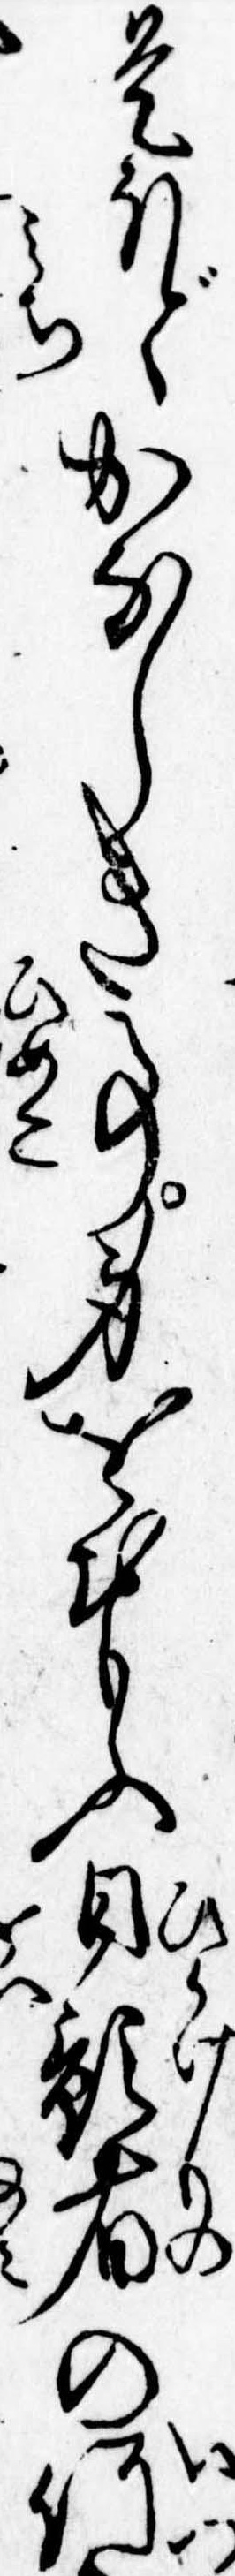
是ほどかなしき事身をおもふ日影者の何